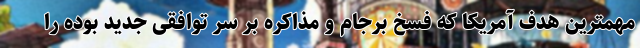
مهمترین هدف آمریکا که فسخ برجام و مذاکره بر سر توافقی جدید بوده را